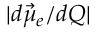
| d \vec { \mu } _ { e } / d Q |